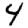
Digit: 4